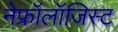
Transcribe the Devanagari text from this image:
नेफ्रॉलॉजिस्ट